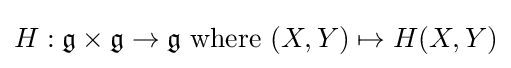
H:{\mathfrak {g}}\times {\mathfrak {g}}\to {\mathfrak {g}}{\text{ where }}(X,Y)\mapsto H(X,Y)